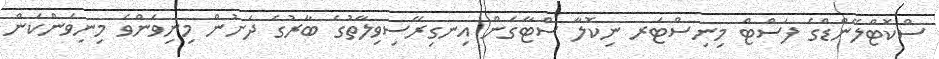
ސްކޮޓްލޭންޑްގެ ފަސްޓް މިނިސްޓަރ ނިކޮލާ ސްޓާގަން އިނގިރޭސިވިލާތުގެ ބާރުގެ ދަށުން މިނިވަންވެ މިނިވަންކަން